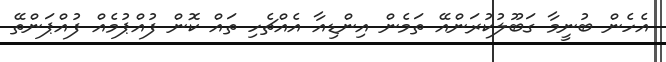
އެހެން ބުނީމާ ގަބޫލުކުރަންއޭ ތަމެން އިންޑިއާ އެއްޗެހި ތައް ކޮން ފުއްޕުމެއް ފުއްޕަންތޭ